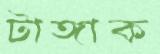
টাঙ্গাক